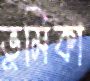
ভুমিকা